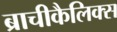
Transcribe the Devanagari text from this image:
ब्राचीकैलिक्स